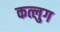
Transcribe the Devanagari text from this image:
कत्लुग